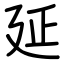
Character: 延